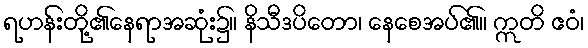
ရဟန်းတို့၏နေရာအဆုံး၌။ နိသီဒပိတော၊ နေစေအပ်၏။ ဣတိ ဧဝံ၊